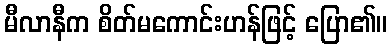
မီလာနီက စိတ်မကောင်းဟန်ဖြင့် ပြော၏။